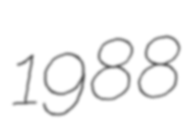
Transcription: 1988